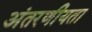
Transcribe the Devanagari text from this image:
अंतरणीयता